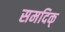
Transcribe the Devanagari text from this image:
समदिक्‌